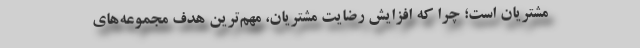
مشتریان است؛ چرا که افزایش رضایت مشتریان، مهم‌ترین هدف مجموعه‌های